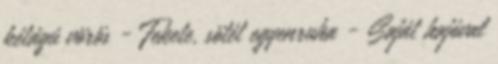
kétágú vörös - Fekete, sötét egyenruha - Saját hajóval